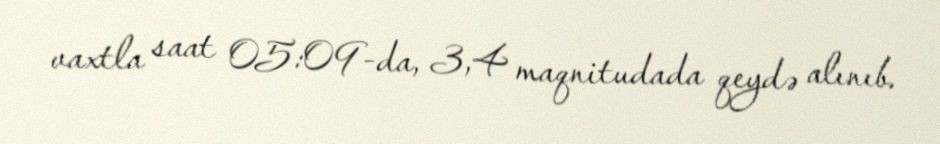
vaxtla saat 05:09-da, 3,4 maqnitudada qeydə alınıb.